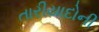
તારીયાદોની